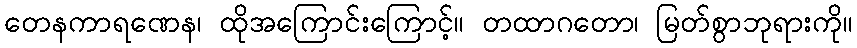
တေနကာရဏေန၊ ထိုအကြောင်းကြောင့်။ တထာဂတော၊ မြတ်စွာဘုရားကို။